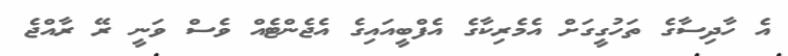
އެ ހާދިސާގެ ތަހުގީގަށް އެމެރިކާގެ އެފްބީއައިގެ އެޖެންޓެއް ވެސް ވަނީ ރޭ ރާއްޖެ